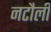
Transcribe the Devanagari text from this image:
नटौली